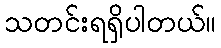
သတင်းရရှိပါတယ်။